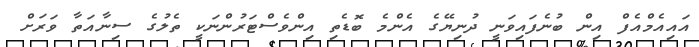
އައިއެމްއެފް އިން ބުނެފައިވަނީ ދުނިޔޭގެ އެންމެ ބޮޑެތި އިންވެސްޓަރުންނަކީ ތެލުގެ ސިނާއަތާ ވަރަށް